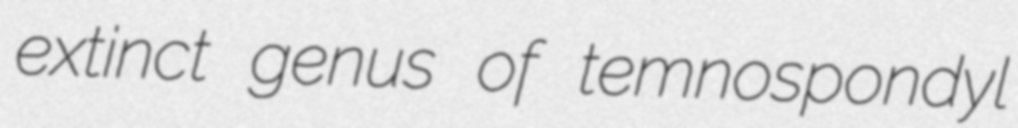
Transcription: extinct genus of temnospondyl